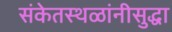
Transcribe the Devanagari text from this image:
संकेतस्थळांनीसुद्धा